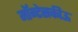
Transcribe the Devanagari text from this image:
मॉन्टेसकीऊ